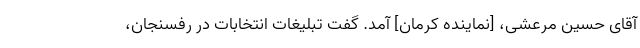
آقای حسین مرعشی، [نماینده کرمان] آمد. گفت تبلیغات انتخابات در رفسنجان،